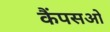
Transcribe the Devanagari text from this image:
कैंपसओ